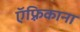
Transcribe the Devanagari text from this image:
ऍफ़्रिकाना